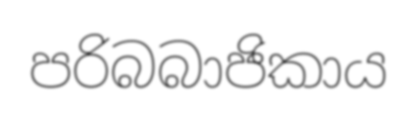
පරිබබාජිකාය